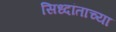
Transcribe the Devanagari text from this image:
सिध्दांताच्या